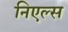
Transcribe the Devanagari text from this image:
निएल्स